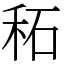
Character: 䄷